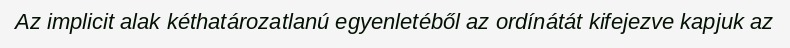
Az implicit alak kéthatározatlanú egyenletéből az ordínátát kifejezve kapjuk az